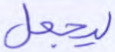
ليجعل